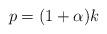
LaTeX: \begin{align*} p = (1 + \alpha) k \end{align*}